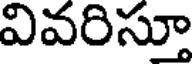
వివరిస్తూ